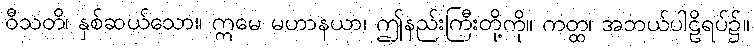
ဝီသတိ၊ နှစ်ဆယ်သော။ ဣမေ မဟာနယာ၊ ဤနည်းကြီးတို့ကို။ ကတ္ထ၊ အဘယ်ပါဠိရပ်၌။